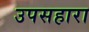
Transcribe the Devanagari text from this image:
उपसहारा